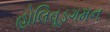
હોલિવૂડગમન